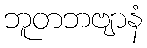
ဘူတဘဗျာနံ